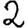
Digit: 2